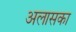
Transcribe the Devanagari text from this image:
अलासका